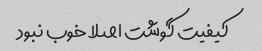
کیفیت گوشت اصلا خوب نبود